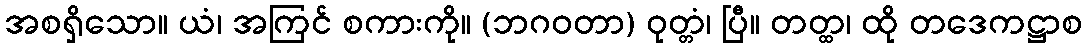
အစရှိသော။ ယံ၊ အကြင် စကားကို။ (ဘဂဝတာ) ဝုတ္တံ၊ ပြီ။ တတ္ထ၊ ထို တဒေကဋ္ဌာစ